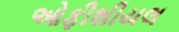
ઓફીશીયલ